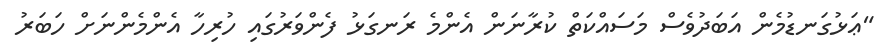
"ޢަޅުގަނޑުމެން އަބަދުވެސް މަސައްކަތް ކުރާނަން އެންމެ ރަނގަޅު ފެންވަރުގައި ހުރިހާ އެންމެންނަށް ހަބަރު